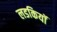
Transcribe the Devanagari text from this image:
लडकियॉ